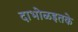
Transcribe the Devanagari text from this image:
दाभोळइतके